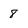
Character: 8